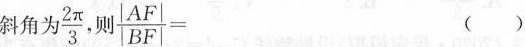
斜角为\frac{2π}{3}，则$$\frac { \left | A F \right | } { \left | B F \right | } =$$ ()